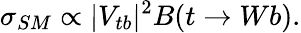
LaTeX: \sigma_{SM}\propto|V_{tb}|^{2}B(t\rightarrow Wb).